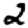
Digit: 2